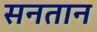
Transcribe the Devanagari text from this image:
सनतान